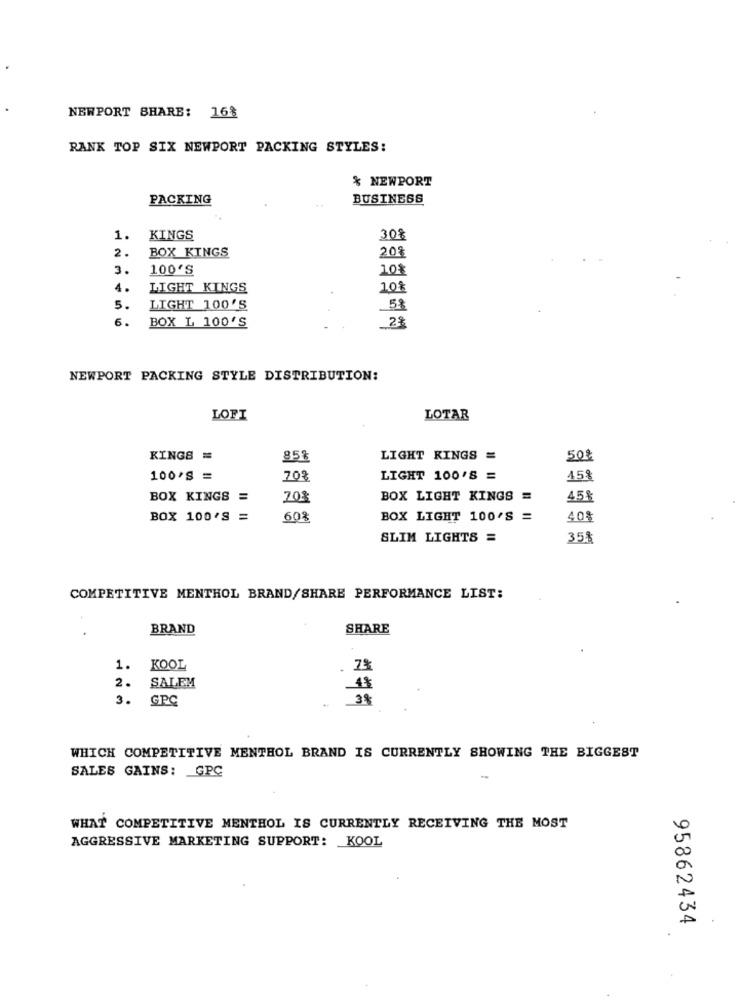
NEWPORT SHARE: 16%
RANK TOP SIX NEWPORT PACKING STYLES:
% NEWPORT
PACKING
BUSINESS
1.
KINGS
308
2.
BOX KINGS
208
3.
100'S
10%
1.
LIGHT KINGS
10%
5.
LIGHT 100'S
5%
6.
BOX L 100'S
NEWPORT PACKING STYLE DISTRIBUTION:
LOFI
LOTAR
KINGS =
85%
LIGHT KINGS =
50€
100* =
70%
LIGHT 100'S =
45%
BOX KINGS =
70%
BOX LIGHT KINGS =
45%
BOX 100'S =
60%
BOX LIGHT 100'S =
408
SLIM LIGHTS =
35%
COMPETITIVE MENTHOL BRAND/SHARE PERFORMANCE LIST:
BRAND
SHARE
1. KOOL
2.
SALEM
3.
GPC
38
WHICH COMPETITIVE MENTHOL BRAND IS CURRENTLY SHOWING THE BIGGEST
SALES GAINS: GPC
-
WHAT COMPETITIVE MENTHOL IS CURRENTLY RECEIVING THE MOST
AGGRESSIVE MARKETING SUPPORT: KOOL
95862434